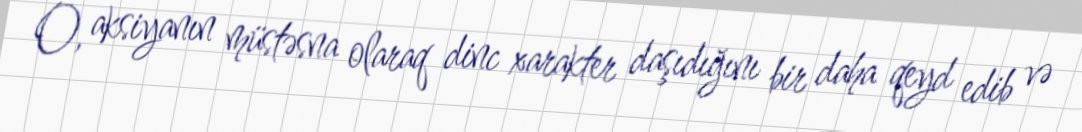
O, aksiyanın müstəsna olaraq dinc xarakter daşıdığını bir daha qeyd edib və